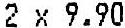
2 X 9.90